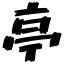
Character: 亭